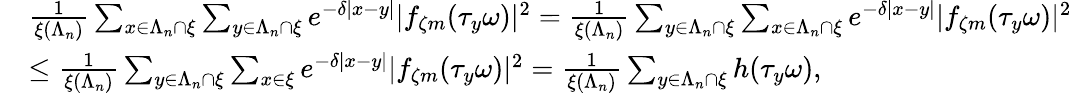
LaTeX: \begin{array}{rl}&{\frac{1}{\xi(\Lambda_{n})}\sum_{x\in\Lambda_{n}\cap\xi}\sum_{y\in\Lambda_{n}\cap\xi}e^{-\delta|x-y|}|f_{\zeta m}(\tau_{y}\omega)|^{2}=\frac{1}{\xi(\Lambda_{n})}\sum_{y\in\Lambda_{n}\cap\xi}\sum_{x\in\Lambda_{n}\cap\xi}e^{-\delta|x-y|}|f_{\zeta m}(\tau_{y}\omega)|^{2}}\\ &{\leq\frac{1}{\xi(\Lambda_{n})}\sum_{y\in\Lambda_{n}\cap\xi}\sum_{x\in\xi}e^{-\delta|x-y|}|f_{\zeta m}(\tau_{y}\omega)|^{2}=\frac{1}{\xi(\Lambda_{n})}\sum_{y\in\Lambda_{n}\cap\xi}h(\tau_{y}\omega),}\end{array}